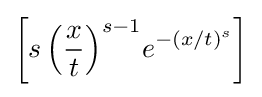
\left[s\,{\left({\frac {x}{t}}\right)}^{s-1}e^{-{\left(x/t\right)}^{s}}\right]